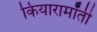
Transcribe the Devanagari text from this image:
कियारामॉँती